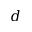
d